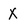
Character: X